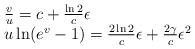
LaTeX: \begin{align*}{}\begin{array}{l}\frac{v}{u}= c + \frac{\ln 2}{c} \epsilon \\u \ln (e^v - 1) = \frac{2 \ln2}{c} \epsilon + \frac{2 \gamma}{c} \epsilon^2\end{array}\end{align*}